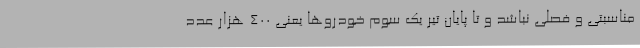
مناسبتی و فصلی نباشد و تا پایان تیر یک سوم خودروها یعنی 400 هزار عدد